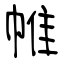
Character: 帷